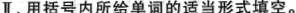
Ⅱ.用括号内所给单词的适当形式填空.